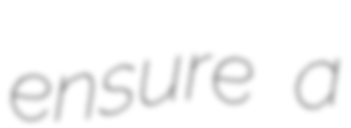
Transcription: ensure a